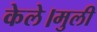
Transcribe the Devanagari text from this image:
केले।मुली